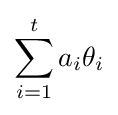
\sum _{i=1}^{t}a_{i}\theta _{i}